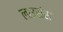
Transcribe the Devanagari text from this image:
लाउसंस